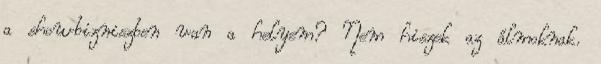
a showbizniszben van a helyem? Nem hiszek az álmoknak.